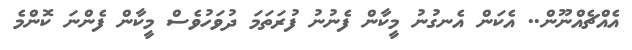
އެއްޗެއްނޫން.. އެކަން އެނގުނު މީކާން ފެނުނު ފުރަތަމަ ދުވަހުވެސް މީކާން ފެންނަ ކޮންމެ